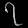
Digit: ၇